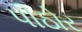
પીઠોર